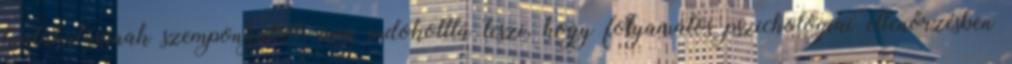
kialakulásának szempontjából, ami indokolttá teszi, hogy folyamatos pszichológiai ellenőrzésben